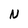
Character: N